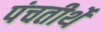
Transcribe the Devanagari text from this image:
पंचतीर्थे